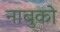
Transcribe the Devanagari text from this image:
नाबुको